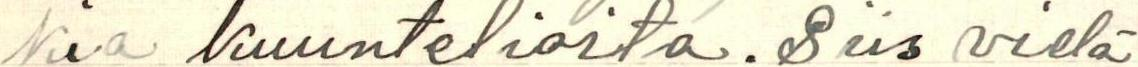
kia kuuntelioita. Siis vielä